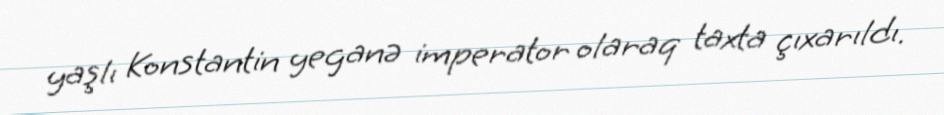
yaşlı Konstantin yeganə imperator olaraq taxta çıxarıldı.